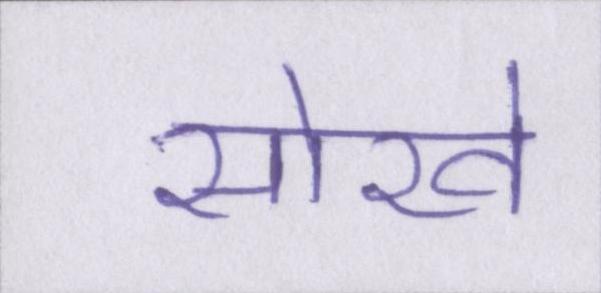
सोखे